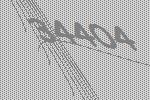
34404